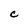
Character: C